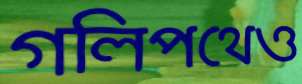
গলিপথেও